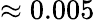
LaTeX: \approx 0.005